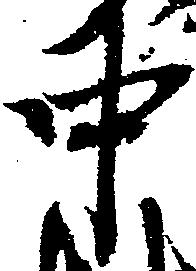
中